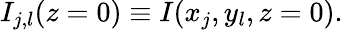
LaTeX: I_{j,l}(z=0)\equiv I(x_{j},y_{l},z=0).